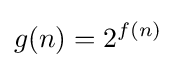
g(n)=2^{f(n)}